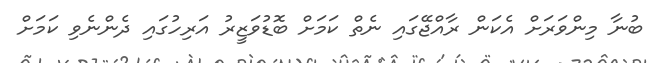
ބުނާ މިންވަރަށް އެކަން ރާއްޖޭގައި ނެތް ކަމަށް ބޮޑުވަޒީރު އަރިހުގައި ދެންނެވި ކަމަށް